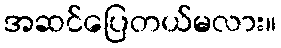
အဆင်ပြေတယ်မလား။